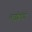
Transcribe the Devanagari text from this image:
ताईक्वांडो